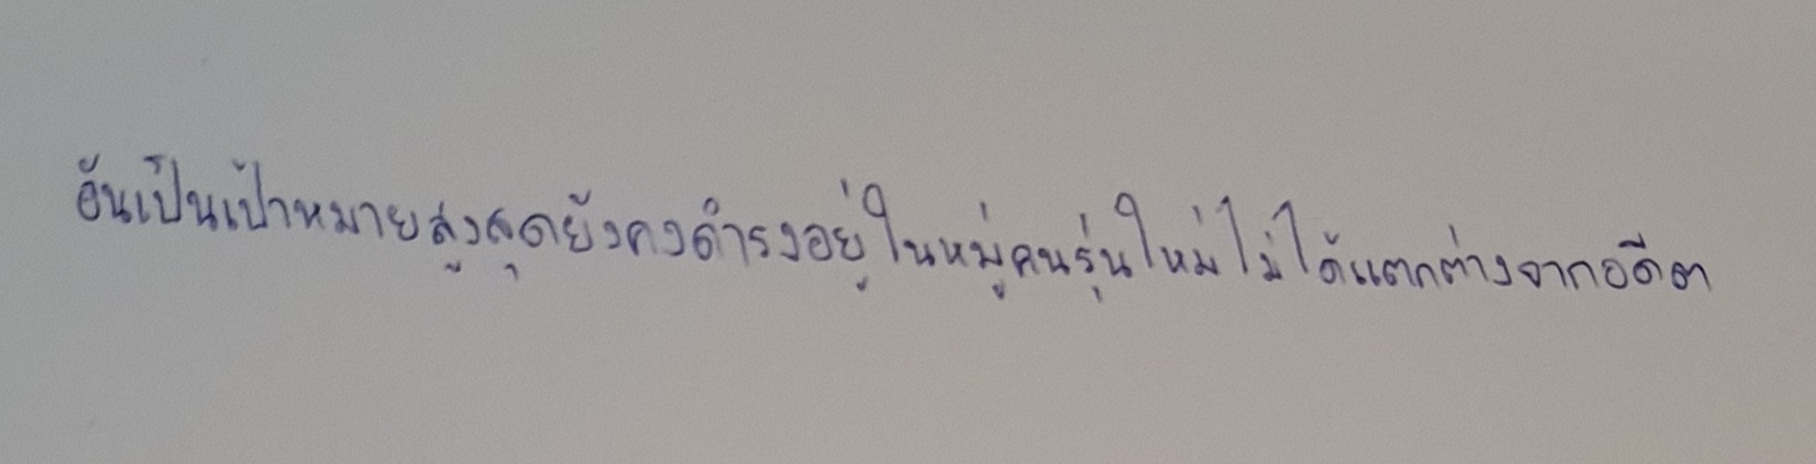
อันเป็นเป้าหมายสูงสุดยังคงดำรงอยู่ในหมู่คนรุ่นใหม่ไม่ได้แตกต่างจากอดีต